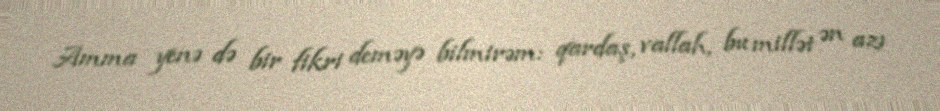
Amma yenə də bir fikri deməyə bilmirəm: qardaş, vallah, bu millət ən azı